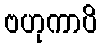
ဗဟုကာပိ